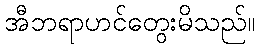
အီဘရာဟင်တွေးမိသည်။